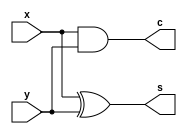
module HA(s, c, x, y);
input        x;
input        y;
output       s;
output       c;

xor (s, x, y);
and (c, x, y);
  
endmodule